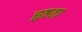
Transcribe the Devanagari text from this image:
हृष्ठता